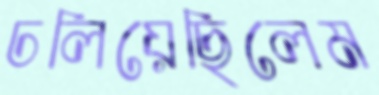
ঢলিয়েছিলেম